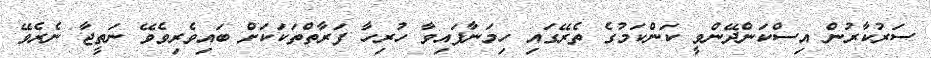
ސަރުކާރުން އިސްކަންދޭންވީ ކަންކަމުގެ ތެރޭގައި ހިމަނާފައިވާ ހުރިހާ ފަރާތްތަކަކަށް ބައިވެރިވެވޭ ނަތީޖާ ނެރެވޭ